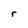
Character: r